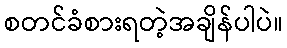
စတင်ခံစားရတဲ့အချိန်ပါပဲ။